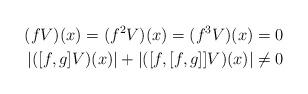
LaTeX: \begin{align*}(fV)(x)=(f^2V)(x)=(f^3V)(x)=0\\|([f,g]V)(x)|+|([f,[f,g]]V)(x)|\neq 0\end{align*}